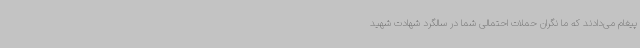
پیغام می‌دادند که ما نگران حملات احتمالی شما در سالگرد شهادت شهید